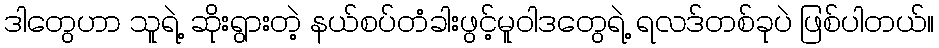
ဒါတွေဟာ သူရဲ့ ဆိုးရွားတဲ့ နယ်စပ်တံခါးဖွင့်မူဝါဒတွေရဲ့ ရလဒ်တစ်ခုပဲ ဖြစ်ပါတယ်။